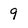
Character: q